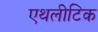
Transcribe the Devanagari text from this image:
एथलीटिक